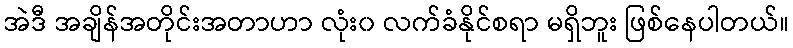
အဲဒီ အချိန်အတိုင်းအတာဟာ လုံး၀ လက်ခံနိုင်စရာ မရှိဘူး ဖြစ်နေပါတယ်။